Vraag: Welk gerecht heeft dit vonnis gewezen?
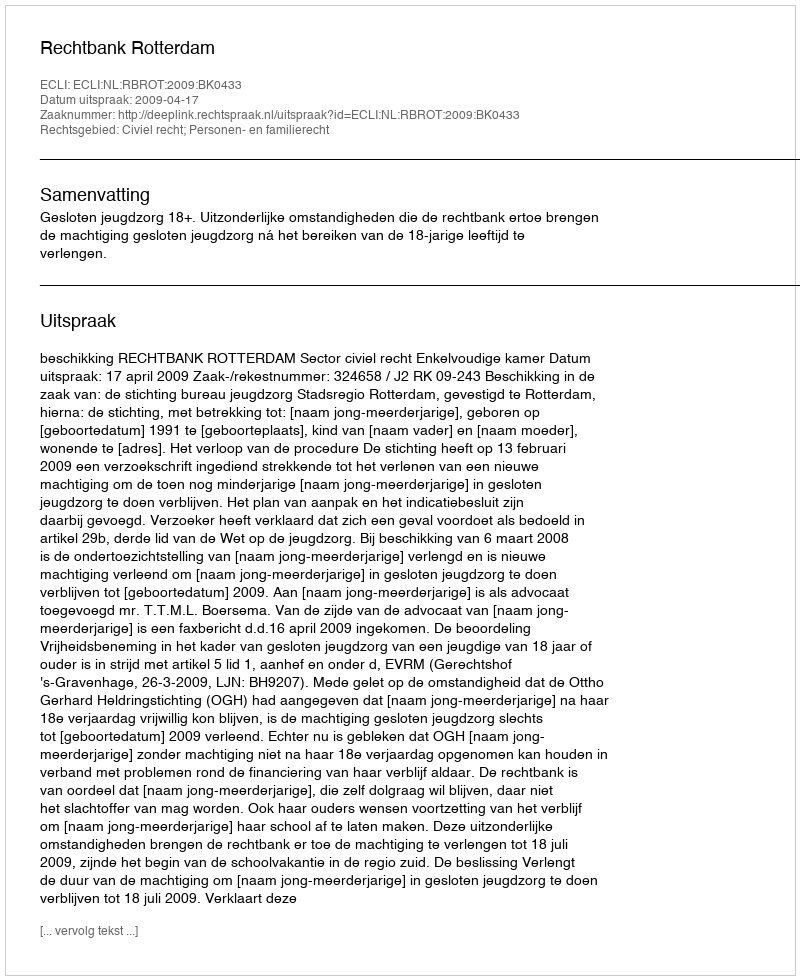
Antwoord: Rechtbank Rotterdam